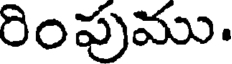
రింపుము.